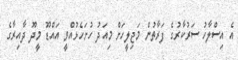
އެ އިސްލާހު ސަރުކާރުގެ ފަރާތުން މަޖިލީހަށް މިއަދު ހުށަހެޅުއްވީ އައްޑޫ މީދޫ ދާއިރާގެ